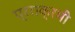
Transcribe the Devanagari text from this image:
प्रराक्रमी